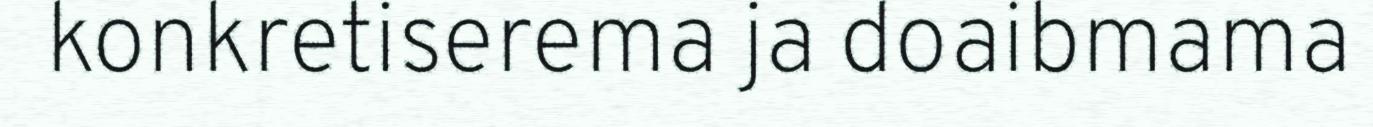
konkretiserema ja doaibmama